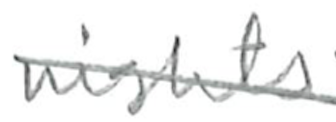
Text: nights
Cross-out: mix
Writing tool: pencil